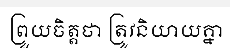
ព្រួយចិត្តថា ត្រូវនិយាយគ្នា